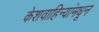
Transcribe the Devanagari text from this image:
केशवाहिन्यांमधून